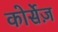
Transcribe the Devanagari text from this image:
कोर्सेज़